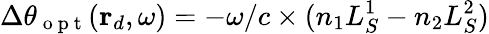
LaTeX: \Delta\theta_{\mathrm{~o~p~t~}}(\mathbf{r}_{d},\omega)=-\omega/c\times(n_{1}L_{S}^{1}-n_{2}L_{S}^{2})